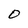
Character: o